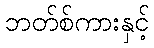
ဘတ်စ်ကားနှင့်